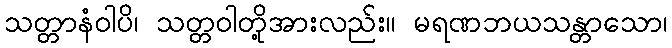
သတ္တာနံဝါပိ၊ သတ္တဝါတို့အားလည်း။ မရဏဘယသန္တာသော၊